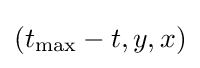
(t_{\text{max}}-t,y,x)